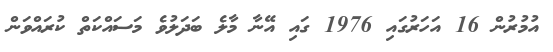
އުމުރުން 16 އަހަރުގައި 1976 ގައި އޭނާ މާލެ ބަދަލުވެ މަސައްކަތް ކުރައްވަން